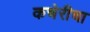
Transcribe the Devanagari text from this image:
कचेरीचा